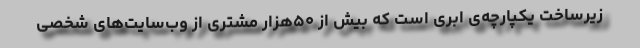
زیرساخت یکپارچه‌ی ابری است که بیش از ۵۰هزار مشتری از وب‌سایت‌های شخصی